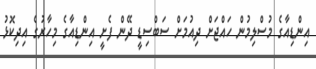
އިންޑިއާގެ މުސްލިމުން ހައްޖަށް ދިއުމަށް ސަބްސިޑީ ދޭން ފެށީ އިންޑިއާގެ މިހާރުގެ އިދިކޮޅު